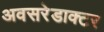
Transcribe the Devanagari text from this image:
अवसरेडाक्टर